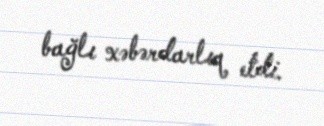
bağlı xəbərdarlıq etdi.